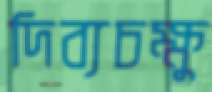
দিব্যচক্ষু